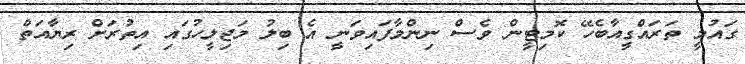
ގައުމީ ތަރައްގީއާބެހޭ ކޮމިޓީން ވެސް ނިންމާފައިވަނީ އެ ބިލު މަޖިލީހުގައި އިތުރަށް ރިޔާއަތް